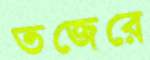
তজেরে